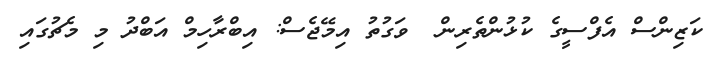
ކަޒިންސް އެފްސީގެ ކުޅުންތެރިން  ވަގުތު އިމޭޖެސް: އިބްރާހިމް އަބްދު މި މެޗުގައި